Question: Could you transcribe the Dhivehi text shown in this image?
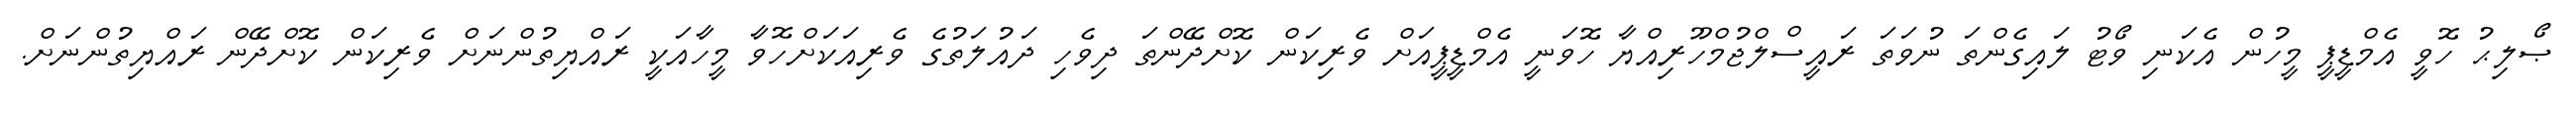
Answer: ޞޯލިޙު ހޮވީ އެމްޑީޕީ މީހުން އެކަނި ވޯޓު ލައިގެންތަ ނުވަތަ ރައީސްލްޖުމްހޫރިއްޔާ ހޮވަނީ އެމްޑީޕީއަށް ވެރިކަން ކޮށްދޭންތަ ދިވެހި ދައުލަތުގެ ވެރިއަކަށްހޮވާ މީހާއަކީ ރައްޔިތުންނަށް ވެރިކަން ކޮށްދޭން ރައްޔިތުންނަށް.